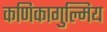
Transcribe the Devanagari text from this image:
कणिकागुल्मिय